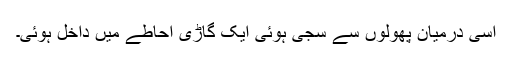
اسی درمیان پھولوں سے سجی ہوئی ایک گاڑی احاطے میں داخل ہوئی۔